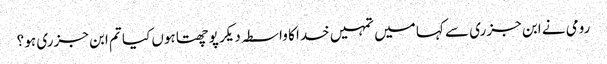
رومی نے ابن جزری سے کہا میں تمہیں خدا کا واسطہ دیکر پوچھتا ہوں کیا تم ابن جزری ہو ؟